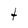
Character: t